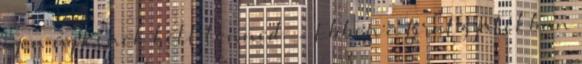
igen ügyesnek kell lenned. . Ebben a Bratz játékban